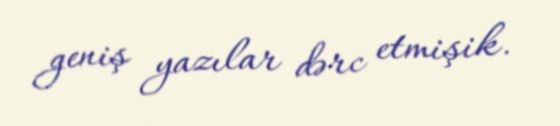
geniş yazılar dərc etmişik.